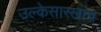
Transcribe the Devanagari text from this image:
उल्केसारखाच